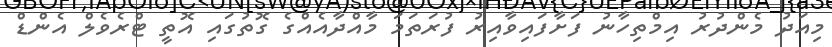
މިއަދު މެންދުރު އިމްތިހާނު ފަށާފައިވާއިރު ފުރަތަމަ މާއްދާއެއްގެ ގޮތުގައި އޮތީ ޓްރެވެލް އެންޑް